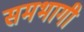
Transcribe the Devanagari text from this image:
समभागी